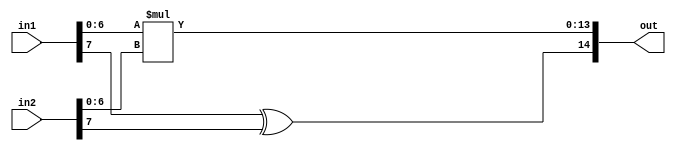
`timescale 1ns/1ns

module Multiplier (input [7:0] in1, in2, output reg[14:0] out);
  always @(*) begin
      out[13:0] = in1[6:0] * in2[6:0];
      out[14] = in1[7] ^ in2[7];
  end
endmodule